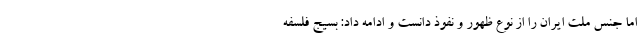
اما جنس ملت ایران را از نوع ظهور و نفوذ دانست و ادامه داد: بسیج فلسفه